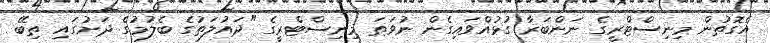
އެގޮތުން މިނިސްޓްރީގެ ނަންބަރާ ގުޅުއްވައިގެން ނުވަތަ މިނިސްޓްރީގެ "ދައުލަތުގެ ބެލުމުގެ ދަށުގައި ތިބޭ